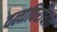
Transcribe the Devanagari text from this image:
दलाविरोधात